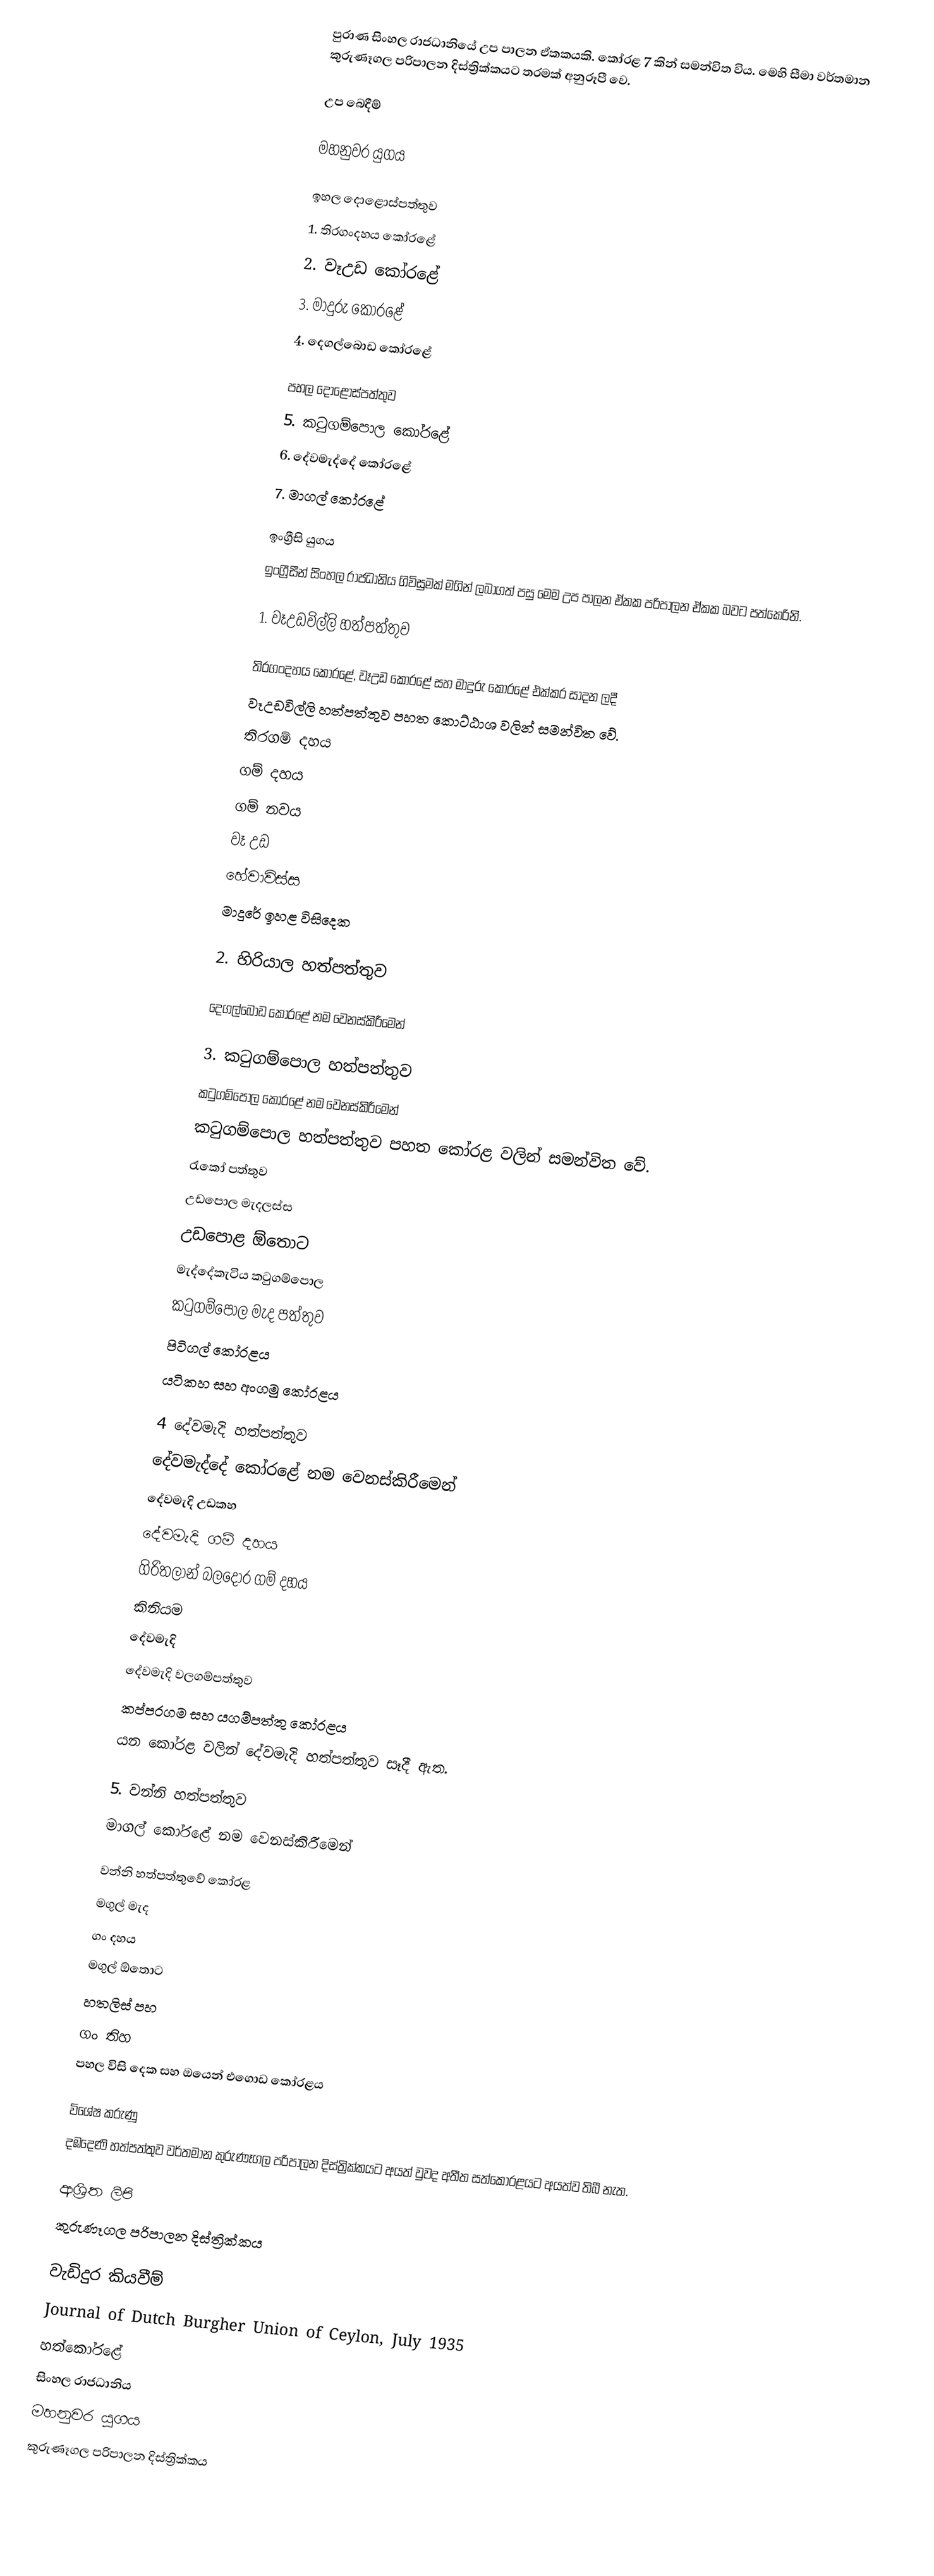
පුරාණ සිංහල රාජධානියේ උප පාලන ඒකකයකි. කෝරළ 7 කින් සමන්විත විය. මෙහි සීමා වර්තමාන කුරුණෑගල පරිපාලන දිස්ත්‍රික්කයට තරමක් අනුරූපී වෙ.

උප බෙදීම්

මහනුවර යුගය

ඉහල දොළොස්පත්තුව
1. තිරගංදහය කෝරළේ
2. වෑඋඩ කෝරළේ
3. මාදුරු කෝරළේ
4. දෙගල්බොඩ කෝරළේ

පහල දොළොස්පත්තුව
5. කටුගම්පොල කෝරළේ
6. දේවමැද්දේ කෝරළේ
7. මාගල් කෝරළේ

ඉංග්‍රීසි යුගය
ඉංග්‍රීසීන් සිංහල රාජධානිය ගිවිසුමක් මගින් ලබාගත් පසු මෙම උප පාලන ඒකක පරිපාලන ඒකක බවට පත්කෙරිනි.

1. වෑඋඩවිල්ලි හත්පත්තුව

තිරගංදහය කෝරළේ, වෑඋඩ කෝරළේ සහ මාදුරු කෝරළේ එක්කර සාදන ලදී
වෑඋඩවිල්ලි හත්පත්තුව පහත කොට්ඨාශ වලින් සමන්විත වේ.
 තිරගම් දහය
 ගම් දහය
 ගම් නවය
 වෑ උඩ
 හේවාවිස්ස
 මාදුරේ ඉහළ විසිදෙක

2. හිරියාල හත්පත්තුව

 දෙගල්බොඩ කෝරළේ නම වෙනස්කිරීමෙන්

3. කටුගම්පොල හත්පත්තුව
කටුගම්පොල කෝරළේ නම වෙනස්කිරීමෙන්
කටුගම්පොල හත්පත්තුව පහත කෝරළ වලින් සමන්විත වේ.
 රැකෝ පත්තුව
 උඩපොල මැදලස්ස
 උඩපොළ ඕතොට
 මැද්දේකැටිය කටුගම්පොල
 කටුගම්පොල මැද පත්තුව
 පිටිගල් කෝරළය
 යටිකහ සහ අංගමු කෝරළය

4  දේවමැදි හත්පත්තුව
දේවමැද්දේ කෝරළේ නම වෙනස්කිරීමෙන්
 දේවමැදි උඩකහ
 දේවමැදි ගම් දහය
 ගිරිතලාන් බලදොර ගම් දහය
 කිනියම
 දේවමැදි
 දේවමැදි වලගම්පත්තුව
 කප්පරගම සහ යගම්පත්තු කෝරළය
 යන කෝරළ වලින් දේවමැදි හත්පත්තුව සෑදී ඇත.

5. වන්නි හත්පත්තුව
මාගල් කෝරළේ නම වෙනස්කිරීමෙන්

වන්නි හත්පත්තුවේ කෝරළ
 මගුල් මැද
 ගං දහය
 මගුල් ඕතොට
 හතලිස් පහ
 ගං තිහ
 පහල විසි දෙක සහ ඔයෙන් එගොඩ කෝරළය

විශේෂ කරුණු
දඹදෙණි හත්පත්තුව වර්තමාන කුරුණෑගල පරිපාලන දිස්ත්‍රික්කයට අයත් වුවද අතීත සත්කෝරළයට අයත්ව තිබී නැත.

ආශ්‍රිත ලිපි
 කුරුණෑගල පරිපාලන දිස්ත්‍රික්කය

වැඩිදුර කියවීම්
 Journal of Dutch Burgher Union of Ceylon, July 1935
හත්කෝරළේ
සිංහල රාජධානිය
මහනුවර යුගය
කුරුණෑගල පරිපාලන දිස්ත්‍රික්කය